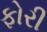
ફોરી